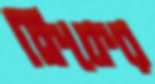
ক্রিকের